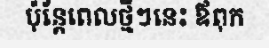
ប៉ុន្តែពេលថ្មីៗនេះ ឪពុក